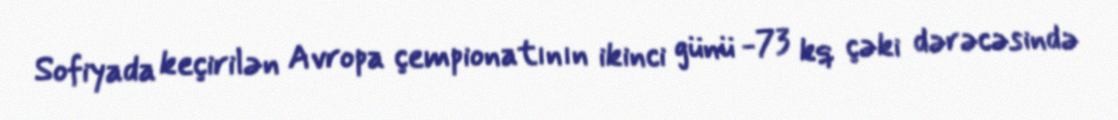
Sofiyada keçirilən Avropa çempionatının ikinci günü -73 kq çəki dərəcəsində